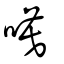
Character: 嗼